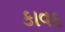
કાવઠ